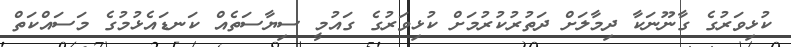
ކުޅިވަރުގެ ގާނޫނަކާ ދިމާލަށް ދަތުރުކުރުމަށް ކުޅިވަރުގެ ގައުމީ ސިޔާސަތެއް ކަނޑައެޅުމުގެ މަސައްކަތް